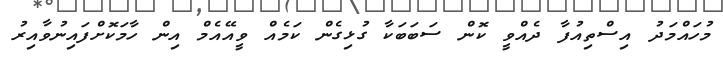
މުހައްމަދު އިސްތިއުފާ ދެއްވީ ކޮން ސަބަބަކާ ގުޅިގެން ކަމެއް ވީއޭއެމް އިން ހާމަކޮށްފައިނުވާއިރު